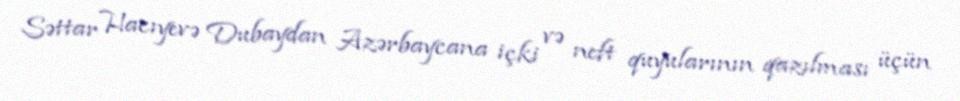
Səttar Hacıyevə Dubaydan Azərbaycana içki və neft quyularının qazılması üçün